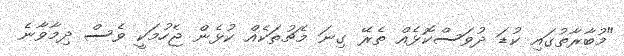
"މުބާރާތުގައި ކުޑަ ދުވަސްކޮޅެއް ތެރޭ ގިނަ މެޗުތަކެއް ކުޅެން ޖެހުމަކީ ވެސް ދިމާވާނެ